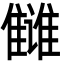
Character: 雠